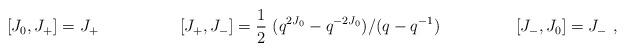
LaTeX: \begin{align*}[J_0,J_+]=J_+ ~~~~~~~~~~~~~ ~~ [J_+,J_-]={1\over 2}~(q^{2J_0} -q^{-2J_0})/ (q-q^{-1})~~~~~ ~~~~~~~~~ [J_-,J_0]=J_-~,\end{align*}